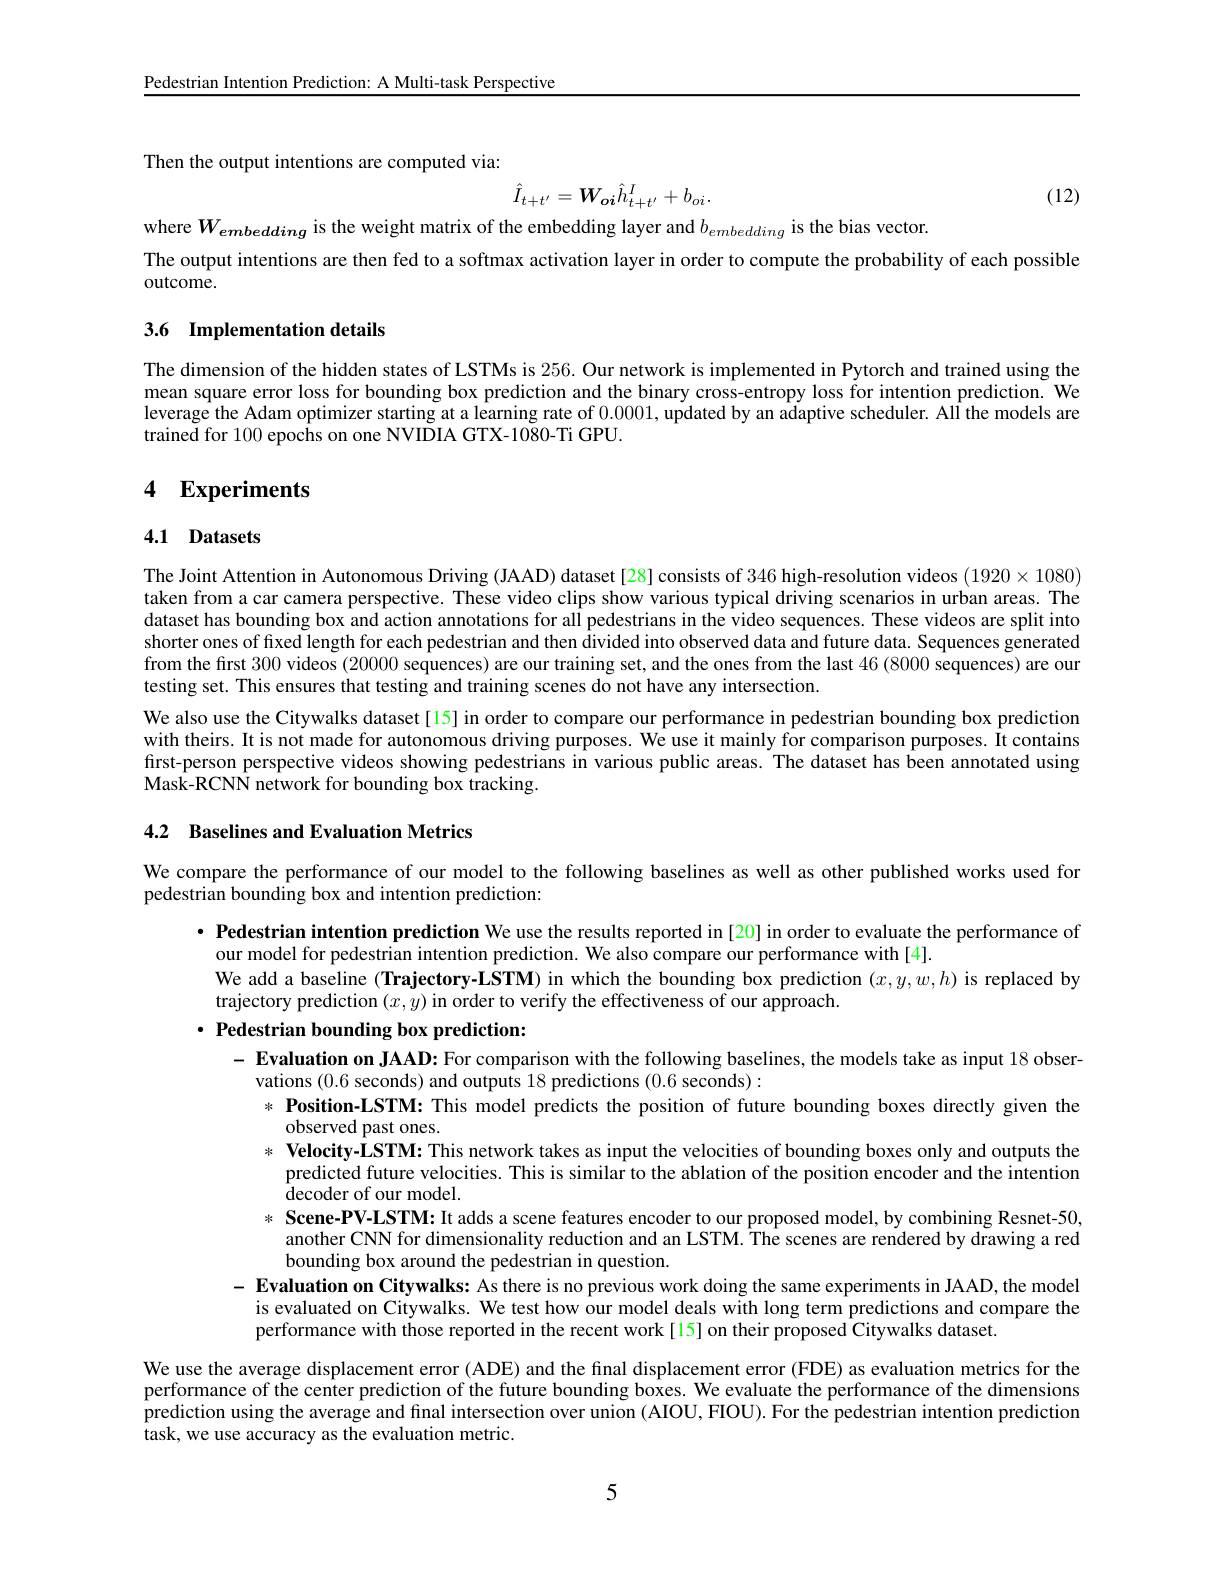
Pedestrian Intention Prediction: A Multi-task Perspective

Then the output intentions are computed viar
$$\hat{I}_{t+t'}=\boldsymbol{W}_{\boldsymbol{oi}}\hat{h}_{t+t'}^I+b_{oi}.$$
(12)

where $W_{embedding}$ is the weight matrix of the embedding layer and $b_embedding$ is the bias vector.
The output intentions are then fed to a softmax activation layer in order to compute the probability of each possible
outcome.

## 3.6 Implementation details

The dimension of the hidden states of LSTMs is 256. Our network is implemented in Pytorch and trained using the mean square error loss for bounding box prediction and the binary cross-entropy loss for intention prediction. We leverage the Adam optimizer starting at a learning rate of 0.0001,updated by an adaptive scheduler. All the models are trained for 100 epochs on one NVIDIA GTX-1080-Ti GPU.

## 4 Experiments

# 4.1 Datasets

The Joint Attention in Autonomous Driving (JAAD) dataset[28] consists of 346 high-resolution videos $(1920\times1080)$ taken from a car camera perspective. These video clips show various typical driving scenarios in urban areas. The dataset has bounding box and action annotations for all pedestrians in the video sequences. These videos are split into shorter ones of fixed length for each pedestrian and then divided into observed data and future data. Sequences generated from the first 300 videos (20000 sequences) are our training set, and the ones from the last 46 (8000 sequences) are our testing set. This ensures that testing and training scenes do not have any intersection.
We also use the Citywalks dataset[15] in order to compare our performance in pedestrian bounding box prediction with theirs. It is not made for autonomous driving purposes. We use it mainly for comparison purposes. It contains first-person perspective videos showing pedestrians in various public areas. The dataset has been annotated using Mask-RCNN network for bounding box tracking.

## 4.2 Baselines and Evaluation Metrics

We compare the performance of our model to the following baselines as well as other published works used for
pedestrian bounding box and intention prediction:

$\cdot$ Pedestrian intention prediction We use the results reported in [20] in order to evaluate the performance of
our model for pedestrian intention prediction. We also compare our performance with[4].
We add a baseline (Trajectory-LSTM) in which the bounding box prediction $(x,y,w,h)$ is replaced by
trajectory prediction $(x,y)$ in order to verify the effectiveness of our approach.
$\cdot \textbf{Pedestrian bounding box prediction: }$
$- \textbf{ Evaluation on JAAD: For comparison with the following baselines, the models take as input 18 obser- }$
vations (0.6 seconds) and outputs 18 predictions (0.6 seconds):
$* \textbf{ Position- LSTM: This model predicts the position of future bounding boxes directly given the}$
observed past ones.
$* \textbf{ Velocity- LSTM: This network takes as input the velocities of bounding boxes only and outputs the}$
predicted future velocities. This is similar to the ablation of the position encoder and the intention
decoder of our model.
$* \textbf{ Scene- PV- LSTM: It adds a scene features encoder to our proposed model, by combining Resnet- 50, }$
another CNN for dimensionality reduction and an LSTM. The scenes are rendered by drawing a red
bounding box around the pedestrian in question.
$- \textbf{Evaluation on Citywalks: As there is no previous work doing the same experiments in JAAD, the model}$
is evaluated on Citywalks. We test how our model deals with long term predictions and compare the
performance with those reported in the recent work[15] on their proposed Citywalks dataset.
We use the average displacement error (ADE) and the final displacement error (FDE) as evaluation metrics for the performance of the center prediction of the future bounding boxes. We evaluate the performance of the dimensions prediction using the average and final intersection over union (AIOU, FIOU). For the pedestrian intention prediction task, we use accuracy as the evaluation metric.

5